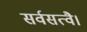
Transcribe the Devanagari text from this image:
सर्वसत्वै।